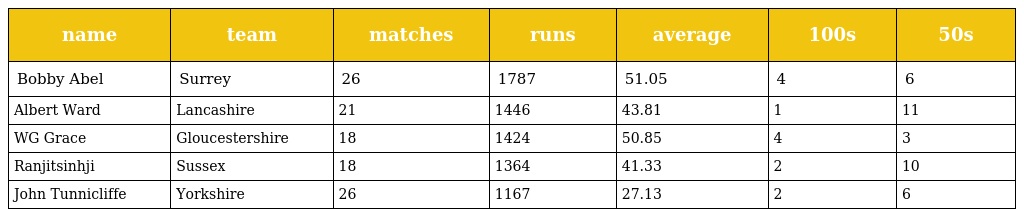
| name | team | matches | runs | average | 100s | 50s |
 | --- | --- | --- | --- | --- | --- | --- |
 | Bobby Abel | Surrey | 26 | 1787 | 51.05 | 4 | 6 |
 | Albert Ward | Lancashire | 21 | 1446 | 43.81 | 1 | 11 |
 | WG Grace | Gloucestershire | 18 | 1424 | 50.85 | 4 | 3 |
 | Ranjitsinhji | Sussex | 18 | 1364 | 41.33 | 2 | 10 |
 | John Tunnicliffe | Yorkshire | 26 | 1167 | 27.13 | 2 | 6 |